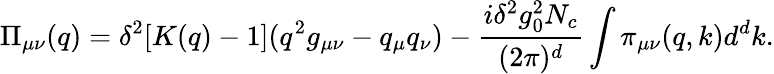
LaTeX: \Pi_{\mu\nu}(q)=\delta^{2}[K(q)-1](q^{2}g_{\mu\nu}-q_{\mu}q_{\nu})-\frac{i\delta^{2}g_{0}^{2}N_{c}}{(2\pi)^{d}}\int\pi_{\mu\nu}(q,k)d^{d}k.